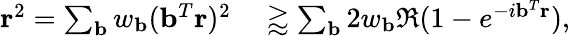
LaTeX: \begin{array}{rl}{\mathbf{r}^{2}=\sum_{\mathbf{b}}w_{\mathbf{b}}(\mathbf{b}^{T}\mathbf{r})^{2}}&{{}\gtrapprox\sum_{\mathbf{b}}2w_{\mathbf{b}}\Re(1-e^{-i\mathbf{b}^{T}\mathbf{r}}),}\end{array}